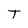
Character: T